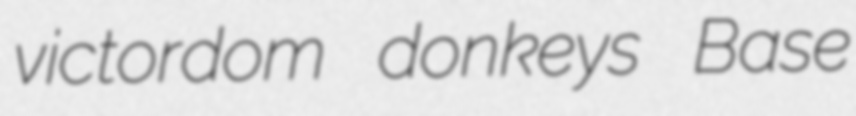
victordom donkeys Base